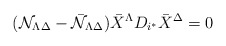
\begin{align*}({\cal N}_{\Lambda\Delta} - {\bar{\cal N}}_{\Lambda\Delta}){\bar X}^\Lambda D_{i^*} {\bar X}^\Delta = 0\end{align*}